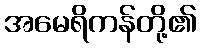
အမေရိကန်တို့၏